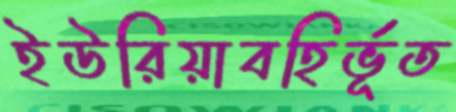
ইউরিয়াবহির্ভূত